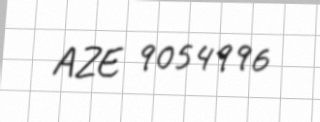
AZE 9054996